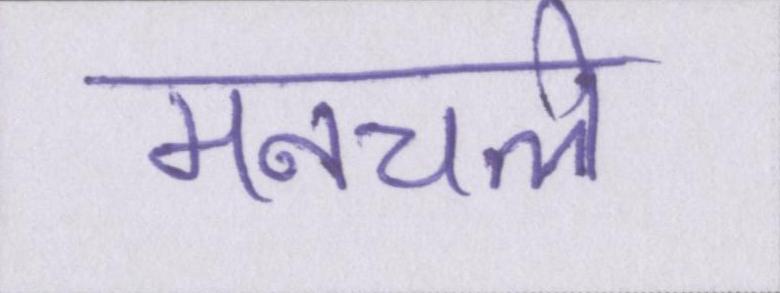
मनचले